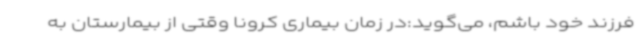
فرزند خود باشم، می‌گوید:در زمان بیماری کرونا وقتی از بیمارستان به